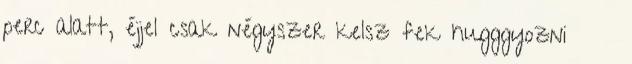
perc alatt, éjjel csak négyszer kelsz fek hugggyozni 😝😝😝